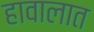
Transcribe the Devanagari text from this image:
हावालात